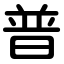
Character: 普